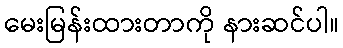
မေးမြန်းထားတာကို နားဆင်ပါ။